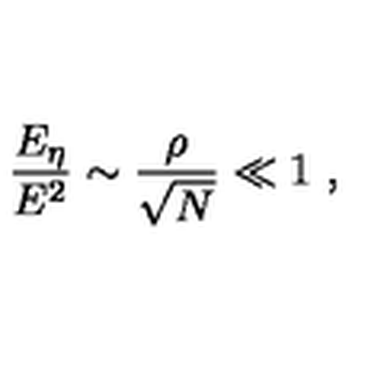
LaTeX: \frac { E _ { \eta } } { E ^ { 2 } } \sim \frac { \rho } { \sqrt { N } } \ll 1 \ ,